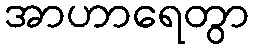
အာဟာရေတွာ